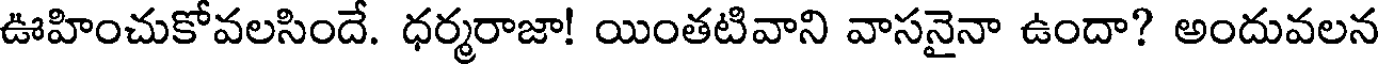
ఊహించుకోవలసిందే. ధర్మరాజా! యింతటివాని వాసనైనా ఉందా? అందువలన